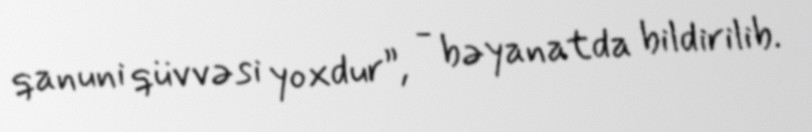
qanuni qüvvəsi yoxdur”, - bəyanatda bildirilib.